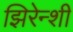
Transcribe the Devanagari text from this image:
झिरेन्शी